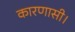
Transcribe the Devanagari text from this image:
कारणासी।